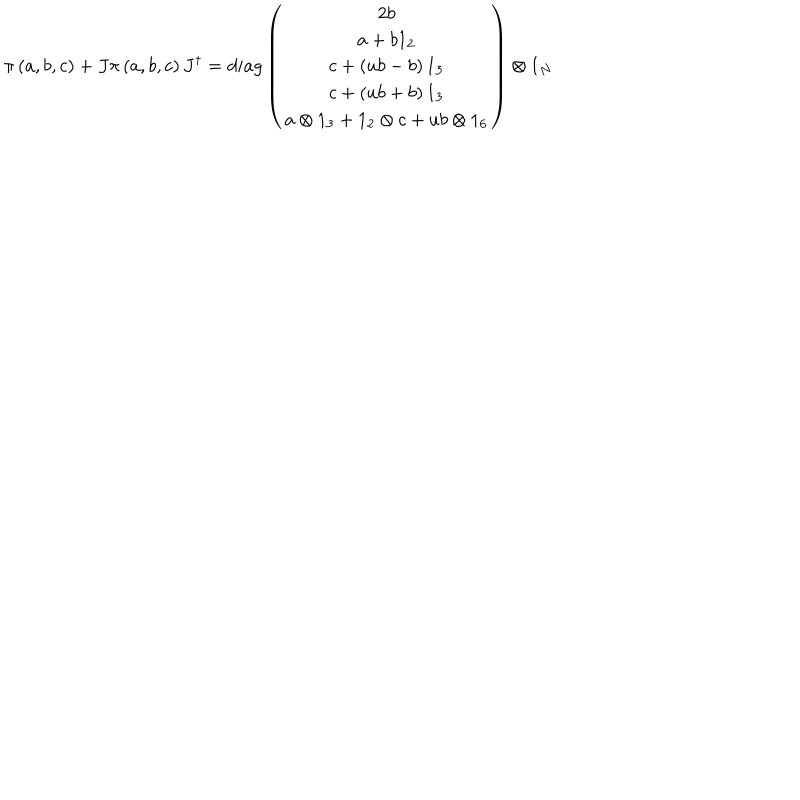
\pi \left( a , b , c \right) + J \pi \left( a , b , c \right) J ^ { \dagger } = d i a g \left( \begin{array} { c } { { 2 b } } \\ { { a + b 1 _ { 2 } } } \\ { { c + \left( u b - b \right) 1 _ { 3 } } } \\ { { c + \left( u b + b \right) 1 _ { 3 } } } \\ { { a \otimes 1 _ { 3 } + 1 _ { 2 } \otimes c + u b \otimes 1 _ { 6 } } } \\ \end{array} \right) \otimes 1 _ { N }